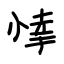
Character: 悻